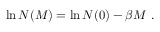
\ln N ( M ) = \ln N ( 0 ) - \beta M \, \, .